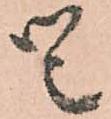
候